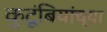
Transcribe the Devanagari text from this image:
कुटूंबियांच्या